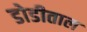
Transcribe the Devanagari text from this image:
डोडीताल